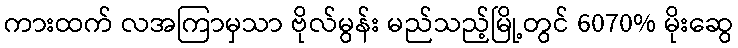
ကားထက် လအကြာမှသာ ဗိုလ်မွန်း မည်သည့်မြို့တွင် 6070% မိုးဆွေ